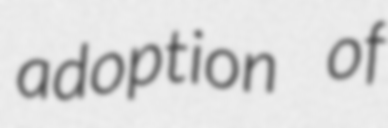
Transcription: adoption of